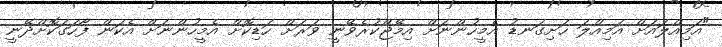
"އަމިއްލައަށް އަމިއްލަ ހަށިގަނޑު އެމީހުންނަށް އިމޭޖްކުރެވޭނީ ވަރަށް ހަޑިކޮށް އެމީހުންނަށް އެކަން ފާހަގަކޮށްދޭނީ